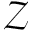
\mathcal { Z }